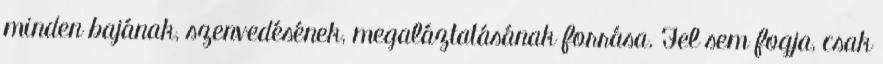
minden bajának, szenvedésének, megaláztatásának forrása. Fel sem fogja, csak